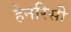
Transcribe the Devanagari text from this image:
हेनरिसी